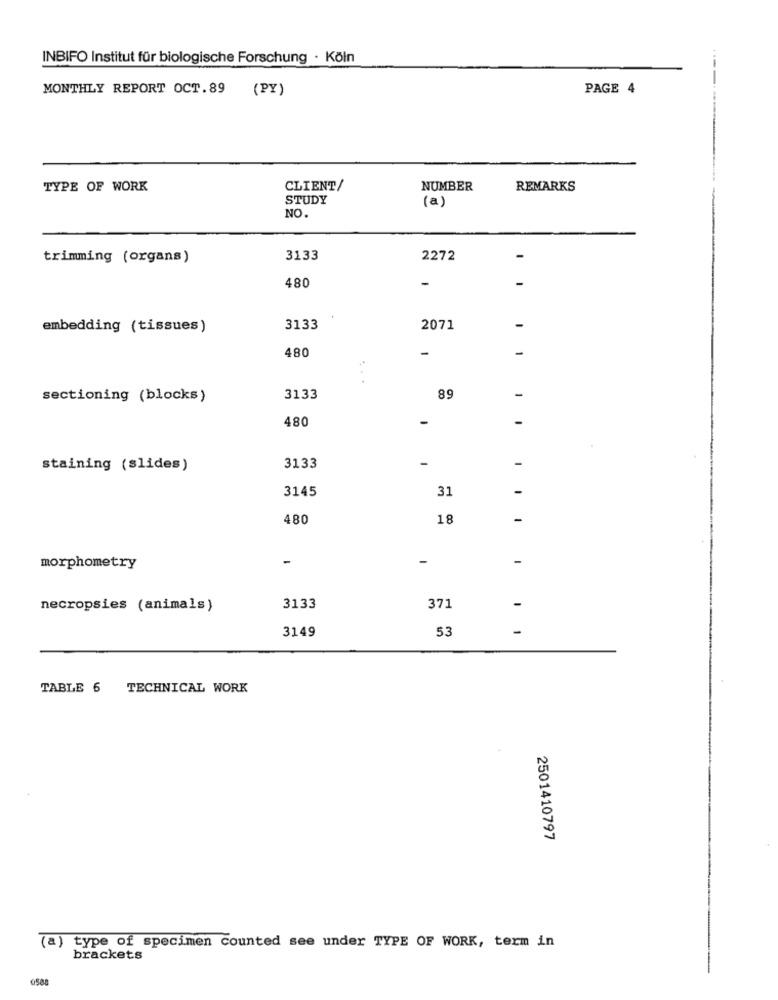
INBIFO Institut für biologische Forschung - Köln
MONTHLY REPORT OCT.89 (PY)
PAGE 4
TYPE OF WORK
CLIENT/
NUMBER
REMARKS
STUDY
(a)
NO.
trimming (organs)
3133
2272
480
-
embedding (tissues)
3133
2071
480
-
sectioning (blocks)
3133
89
-
480
-
-
staining (slides)
3133
3145
31
480
18
-
-
-
morphometry
necropsies (animals)
3133
371
-
3149
53
-
TABLE 6 TECHNICAL WORK
2501410797
(a) type of specimen counted see under TYPE OF WORK, term in
brackets
6588